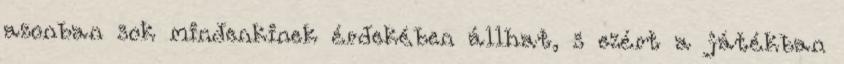
azonban sok mindenkinek érdekében állhat, s ezért a játékban